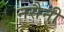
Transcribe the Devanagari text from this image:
नसैनी